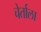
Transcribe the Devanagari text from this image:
चेर्ताला